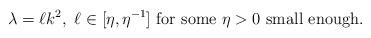
LaTeX: \begin{align*}\lambda=\ell k^2,\ \ell\in [\eta ,\eta^{-1} ]\ \hbox{for some $\eta>0$ small enough.}\end{align*}